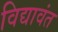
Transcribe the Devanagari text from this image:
विद्यावंत